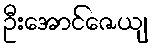
ဦးအောင်ဇေယျ